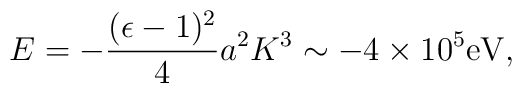
E=-{(\epsilon-1)^2\over 4}a^2K^3\sim-4\times10^5\mbox{eV},